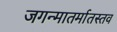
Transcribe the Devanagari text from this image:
जगन्मातर्मातस्तव